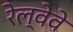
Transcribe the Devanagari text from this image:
रेल्वेवे